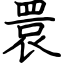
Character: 睘